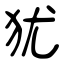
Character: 犹